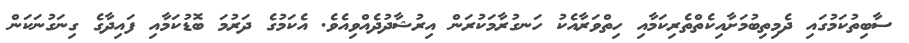
ސާބިތުކަމުގައި ދެމިތިބުމަށާއިކެތްތެރިކަމާއި ހިތްވަރާއެކު ހަނގުރާމަކުރަން އިރުޝާދުދެއްވިއެވެ. އެކަމުގެ ދަރުމަ ބޮޑުކަމާއި ފައިދާގެ ގިނަގުނަކަން